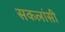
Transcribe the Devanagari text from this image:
सकलांसी